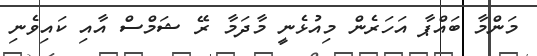
މަންމާ ބައްޕާ އަހަރެން މިއުޅެނީ މާދަމާ ރޭ ޝަމްސް އާއި ކައިވެނި